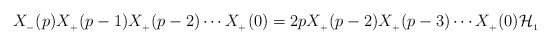
\begin{align*}X_{_{-}}(p)X_{_{+}}(p-1)X_{_{+}}(p-2) \cdots X_{_{+}}(0)=2pX_{_{+}}(p-2)X_{_{+}}(p-3) \cdots X_{_{+}}(0){\cal H}_{_{1}}\end{align*}